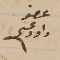
عضو داود عسى